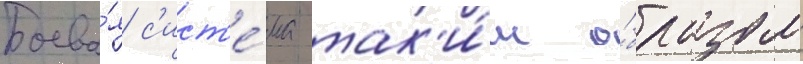
Боева́я с'ист'е́ма так'и́м о́бразом